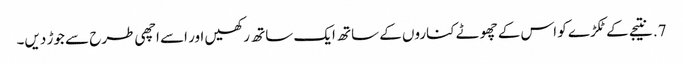
7. نتیجے کے ٹکڑے کو اس کے چھوٹے کناروں کے ساتھ ایک ساتھ رکھیں اور اسے اچھی طرح سے جوڑ دیں۔